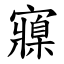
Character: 寱